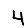
Digit: 4